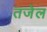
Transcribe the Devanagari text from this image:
तजेल